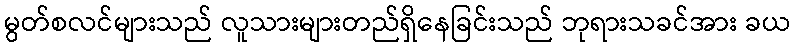
မွတ်စလင်များသည် လူသားများတည်ရှိနေခြင်းသည် ဘုရားသခင်အား ခယ